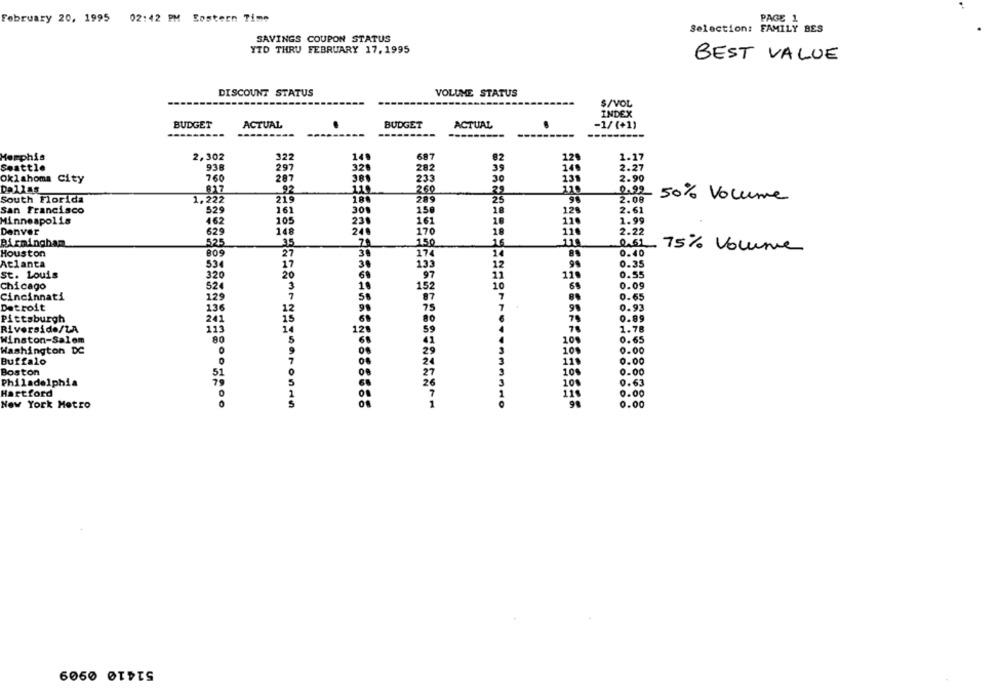
February 20, 1995 02:42 PM Sostern Time
PAGE 1
Selection: FAMILY BES
SAVINGS COUPON STATUS
YTD THRU FEBRUARY 17, 1995
BEST VALUE
DISCOUNT STATUS
VOLUME STATUS
$/VOL
INDEX
GET
ACTUAL
BUDGET
ACTUAL
-1/(+1)
-------
Memphis
2,302
322
149
687
82
120
1.17
Seattle
938
297
320
282
39
140
2.27
Oklahoma City
760
287
235
30
131
2.90
Da12as
92
260
29
2.22
South Florida
1.227
21€
180
289
25
2.08
50% Volume
128
San Francisco
529
161
309
150
18
2.61
Minneapolis
462
105
230
161
1.99
Denver
629
148
246
170
18
2.22
Birmingham
35
118
0.61
525
.16
75% Volume
Houston
809
27
30
174
0.40
0.35
Atlanta
53€
17
30
133
12
st. Louis
320
20
60
.97
11
120
0.55
Chicago
52
3
10
152
10
0.09
Cincinnati
129
87
7
0.65
Detroit
136
12
98
75
0.93
Pittsburgh
0.89
15
70
Riverside/LA
14
12
75
1.78
Winston-Salem
5
0.65
80
Washington DC
100
0.00
0.00
Buffalo
118
Boston
10
0.00
Philadelphia
100
0.63
Hartford
0.00
115
New York Metro
0.00
6000 OTDIS